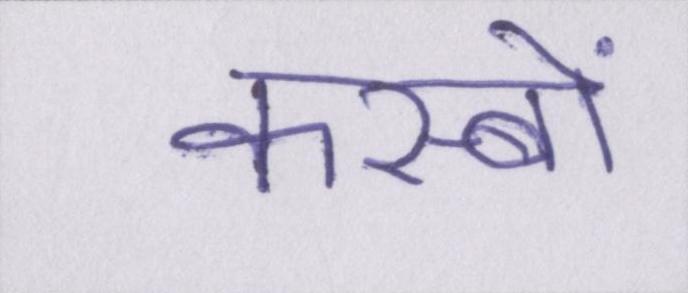
कस्बों